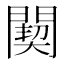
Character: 䦬